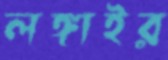
লঙ্গাইর